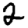
Digit: 2